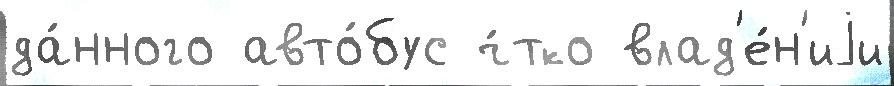
да́нного авто́бус ч́тко влад'е́н'иjи